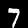
Digit: 7